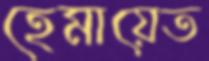
হেমায়েত